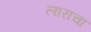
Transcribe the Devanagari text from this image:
लाराचा